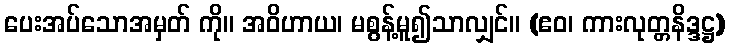
ပေးအပ်သောအမှတ် ကို။ အဝိဟာယ၊ မစွန့်မူ၍သာလျှင်။ (ဧဝ၊ ကားလုတ္တနိဒ္ဒဋ္ဌ)